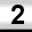
Digit: 2